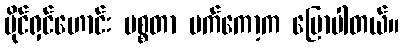
ပိုင်ရှင်ဟောင်း မစ္စတာ မက်ကော့က ပြောပါတယ်။